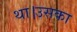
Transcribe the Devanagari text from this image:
था।उसका